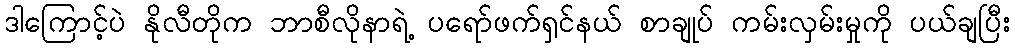
ဒါကြောင့်ပဲ နိုလီတိုက ဘာစီလိုနာရဲ့ ပရော်ဖက်ရှင်နယ် စာချုပ် ကမ်းလှမ်းမှုကို ပယ်ချပြီး